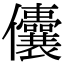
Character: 儾